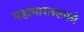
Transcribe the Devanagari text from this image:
महाभारतरुपमे